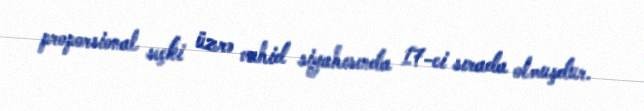
proporsional seçki üzrə vahid siyahısında 17-ci sırada olmuşdur.